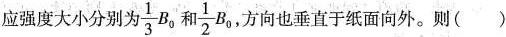
应强度大小分别为\frac{1}{3}B_{0}和\frac{1}{2}B_{0} ，方向也垂直于纸面向外。则（）